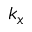
k _ { x }